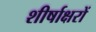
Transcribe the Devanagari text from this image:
शीर्षाक्षरों